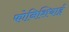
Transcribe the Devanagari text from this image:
फोनिशियाई